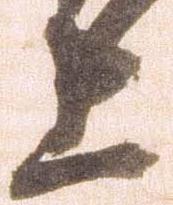
上